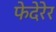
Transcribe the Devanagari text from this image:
फेदेरेर